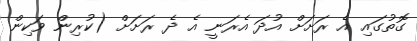
ގޮތުގައި އެ ރަށަށް އުދަ އެރަނީ އެ ދެ ރަށަށް (ކުރިން ވަކިން